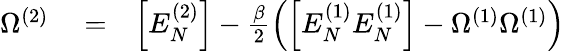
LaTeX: \begin{array}{rlr}{\Omega^{(2)}}&{{}=}&{\Big[E_{N}^{(2)}\Big]-\frac{\beta}{2}\left(\Big[E_{N}^{(1)}E_{N}^{(1)}\Big]-\Omega^{(1)}\Omega^{(1)}\right)}\end{array}